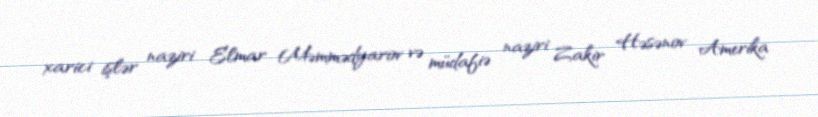
xarici işlər naziri Elmar Məmmədyarov və müdafiə naziri Zakir Həsənov Amerika